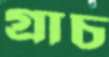
গ্রাচ